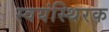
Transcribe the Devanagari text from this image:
स्वयंस्थिरक